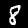
Digit: 8